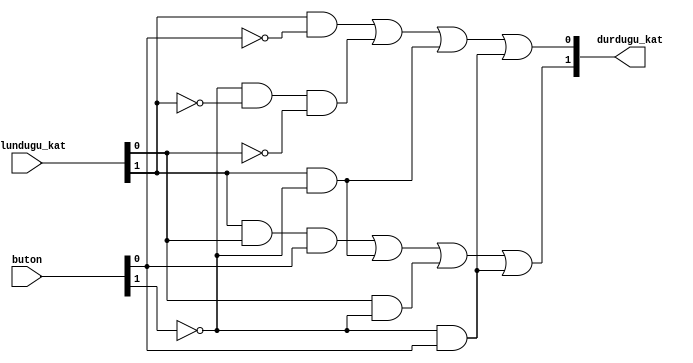
`timescale 1ns / 1ps


module asansor(
    input [1:0] bulundugu_kat,
    input [1:0] buton,
    
    output [1:0] durdugu_kat

    );
    
    wire k1,k2,k3,k5,k6,k7,k8;
    not(k1,buton[1]);
    and(k5,k1,buton[0]);
    
    not(k2,buton[1]);
    and(k6,bulundugu_kat[0],k2);
    
    not(k3,buton[1]);
    and(k7,bulundugu_kat[1],k3);
    
    and(k8,bulundugu_kat[1],bulundugu_kat[0],buton[0]);
    
    or(durdugu_kat[1],k8,k7,k6,k5);
    
    wire k9,k10,k11,k12,k13,k14,k15,k16,k17,k18;
    not(k9,buton[1]);
    and(k15,k9,buton[0]);
    
    not(k10,buton[1]);
    and(k16,bulundugu_kat[1],k10);
    
    not(k11,buton[1]);
    not(k12,bulundugu_kat[1]);
    not(k13,bulundugu_kat[0]);
    and(k17,k11,k12,k13);
    
    not(k14,buton[0]);
    and(k18,bulundugu_kat[1],k14);
    
    or(durdugu_kat[0],k18,k17,k16,k15);
    
    
endmodule